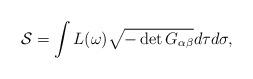
LaTeX: \begin{align*}{\cal S}=\int L(\omega)\sqrt{-\det G_{\alpha\beta}}d\tau d\sigma,\end{align*}